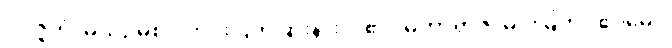
ဝိဝဇ္ဇိတံ၊ မယှဉ်မစပ် ကင်းပြတ်ခြားနားလှ၏။ မဟာရာဇ၊ မင်းမြတ်။ ဧဝမေဝ